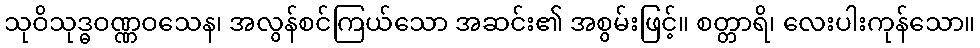
သုဝိသုဒ္ဓဝဏ္ဏဝသေန၊ အလွန်စင်ကြယ်သော အဆင်း၏ အစွမ်းဖြင့်။ စတ္တာရိ၊ လေးပါးကုန်သော။